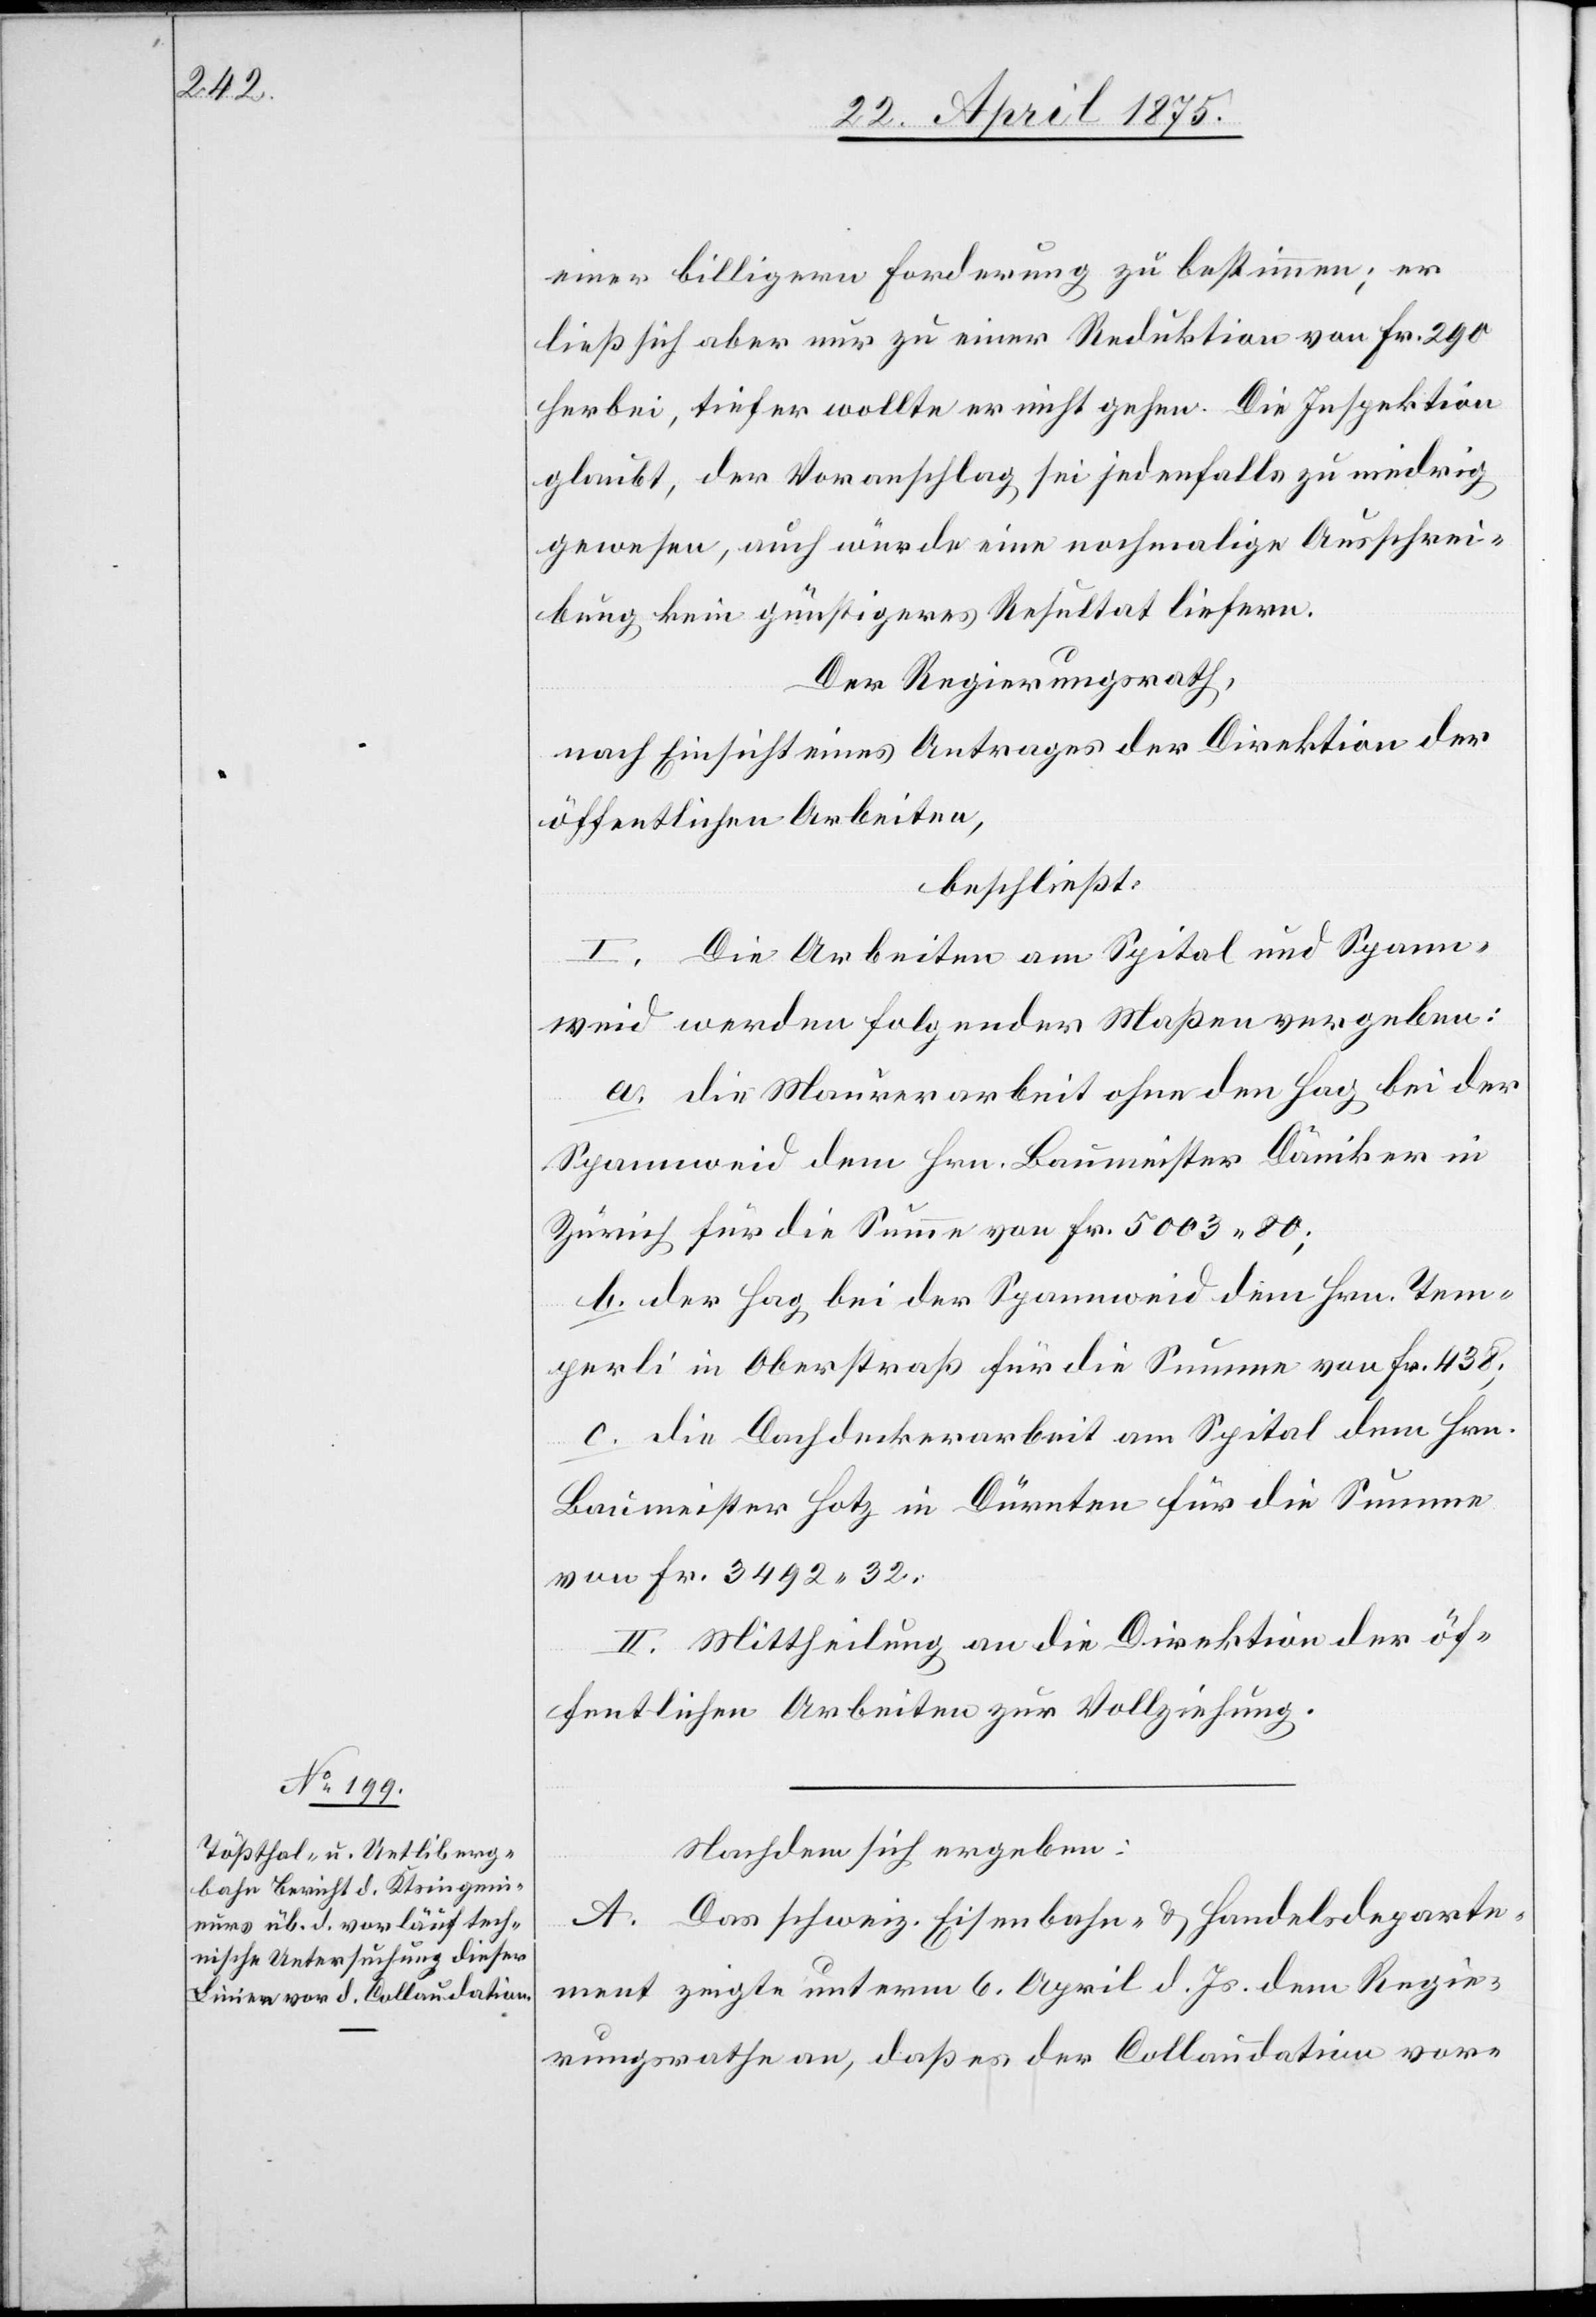
einer billigern Forderung zu bestimmen; er
ließ sich aber nur zu einer Reduktion von Fr. 290
herbei, tiefer wollte er nicht gehen. Die Inspektion
glaubt, der Voranschlag sei jedenfalls zu niedrig
gewesen, auch würde eine nochmalige Ausschrei¬
bung kein günstigeres Resultat liefern.
Der Regierungsrath,
nach Einsicht eines Antrages der Direktion der
öffentlichen Arbeiten,
beschließt:
I. Die Arbeiten am Spital und Spann¬
weid werden folgende Maßen vergeben:
a. die Maurerarbeit ohne den Hag bei der
Zürich für die Summe von Fr. 5003 80;
b. der Hag bei der Spannweid dem Hrn. Tem¬
perli in Oberstraß für die Summe von Fr. 438;
c. die Dachdeckerarbeit am Spital dem Hrn.
Baumeister Hotz in Dürnten für die Summe
von Fr. 3492 32.
II. Mittheilung an die Direktion der öf¬
fentlichen Arbeiten zur Vollziehung.
Nachdem sich ergeben:
A. Das schweiz. Eisenbahn- & Handelsdeparte¬
ment zeigte unterm 6. April d. Js. dem Regie¬
rungsrath an, daß es der Collaudation vor-